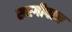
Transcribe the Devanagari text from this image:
सरगीपाल